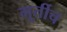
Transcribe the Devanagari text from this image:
मूर्तीच